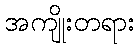
အကျိုးတရား